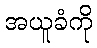
အယူခံကို